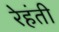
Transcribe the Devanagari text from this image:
रेहंती